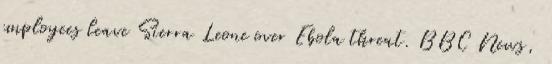
employees leave Sierra Leone over Ebola threat. BBC News,